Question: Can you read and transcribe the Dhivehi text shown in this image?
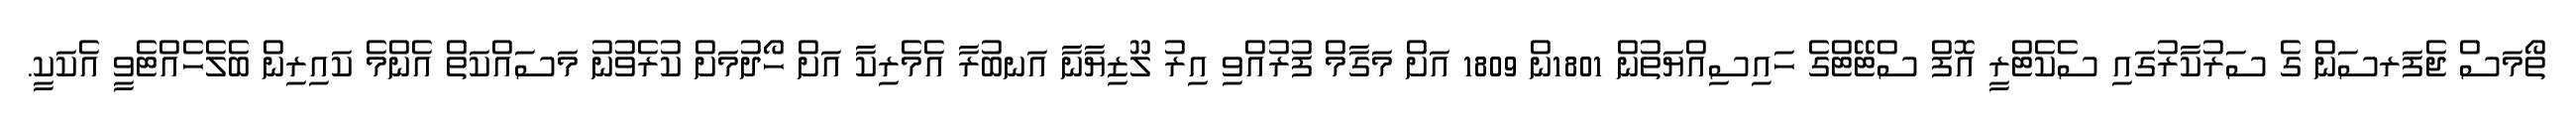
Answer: ތޯމަސް ޖެފަރސަން ގެ ސަރުކާރުގައި ސެކެޓްރީ އޮފް ސްޓޭޓްގެ ހައިސިއްޔަތުން 1801ން 1809 އަށް މަގާމް ފުރުއްވި އިރު ލޫޒިޔާނާ އަނބުރާ އެމެރިކާ އަށް ހޯދުމަށް ކުރެވުނު މަސައްކަތް އެންމެ ކައިރިން ބެލެހެއްޓެވީ އެކަކީ.